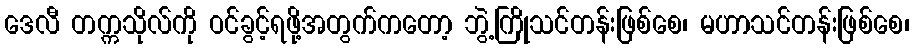
ဒေလီ တက္ကသိုလ်ကို ဝင်ခွင့်ရဖို့အတွက်ကတော့ ဘွဲ့ကြိုသင်တန်းဖြစ်စေ၊ မဟာသင်တန်းဖြစ်စေ၊